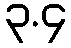
၃.၄